Report on the bubonic plague in Bombay, 1896-1897
Year: 1896
Disease focus: Plague
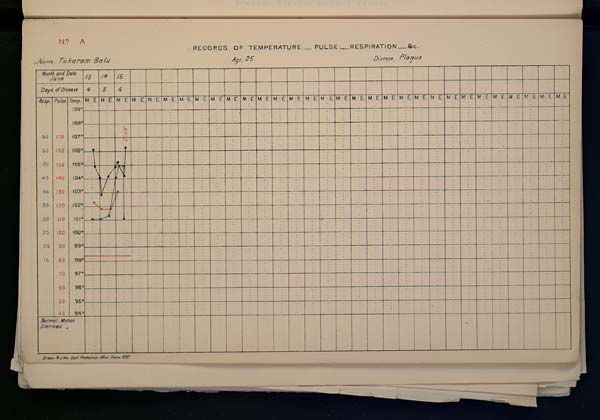
No. A
RECORDS OF TEMPERATURE PULSE _ RESPIRATlON _ &c.
Name, Tukaram Balu Age, 25 Disease, Plague
Drawn & Litho: Govt. Photozinco: Office, Poona 1897.